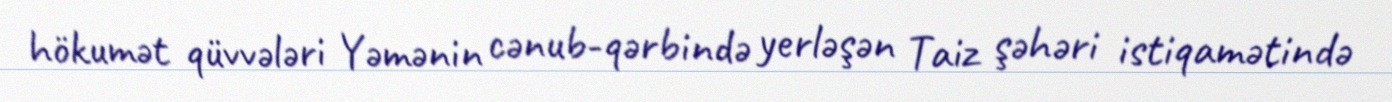
hökumət qüvvələri Yəmənin cənub-qərbində yerləşən Taiz şəhəri istiqamətində